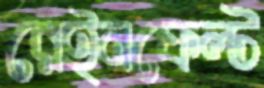
রেইনফেল্ট